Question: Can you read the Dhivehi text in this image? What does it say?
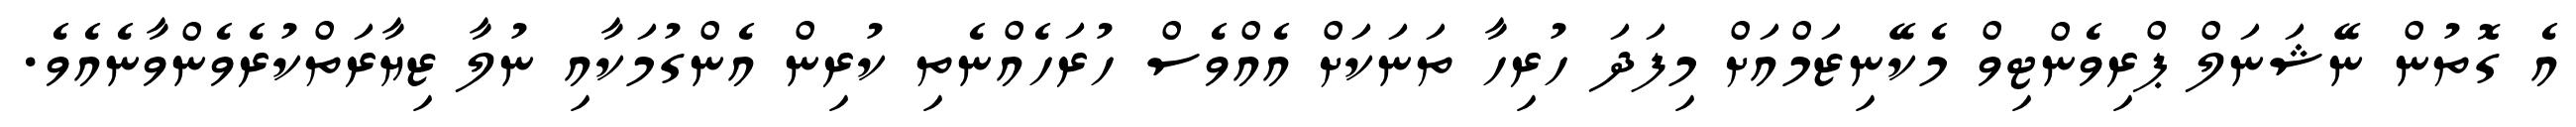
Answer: އެ ގޮތުން ނޭޝަނަލް ޕްރިވެންޓިވް މެކޭނިޒަމްއަށް މިފަދަ ހުރިހާ ތަނަކަށް އެއްވެސް ހުރަހެއްނެތި ކުރިން އެންގުމަކާއި ނުލާ ޒިޔާރަތްކުރެވެންވާނެއެވެ.